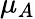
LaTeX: \mu_{A}